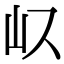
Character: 𭖀